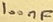
Text: 100nF